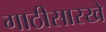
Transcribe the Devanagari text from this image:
गाठीसारखे